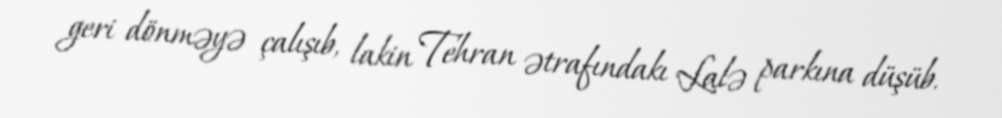
geri dönməyə çalışıb, lakin Tehran ətrafındakı Lalə parkına düşüb.